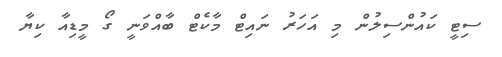
ސިޓީ ކައުންސިލުން މި އަހަރު ނައިޓް މާކެޓް ބާއްވަނީ ގޯ މީޑިއާ ކިޔާ